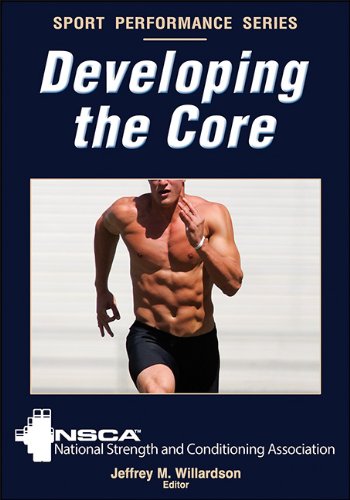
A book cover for Developing the Core (Sport Performance Series); NSCA -National Strength & Conditioning Association; Health, Fitness & Dieting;